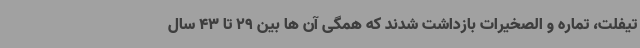
تیفلت، تماره و الصخیرات بازداشت شدند که همگی آن ها بین 29 تا 43 سال